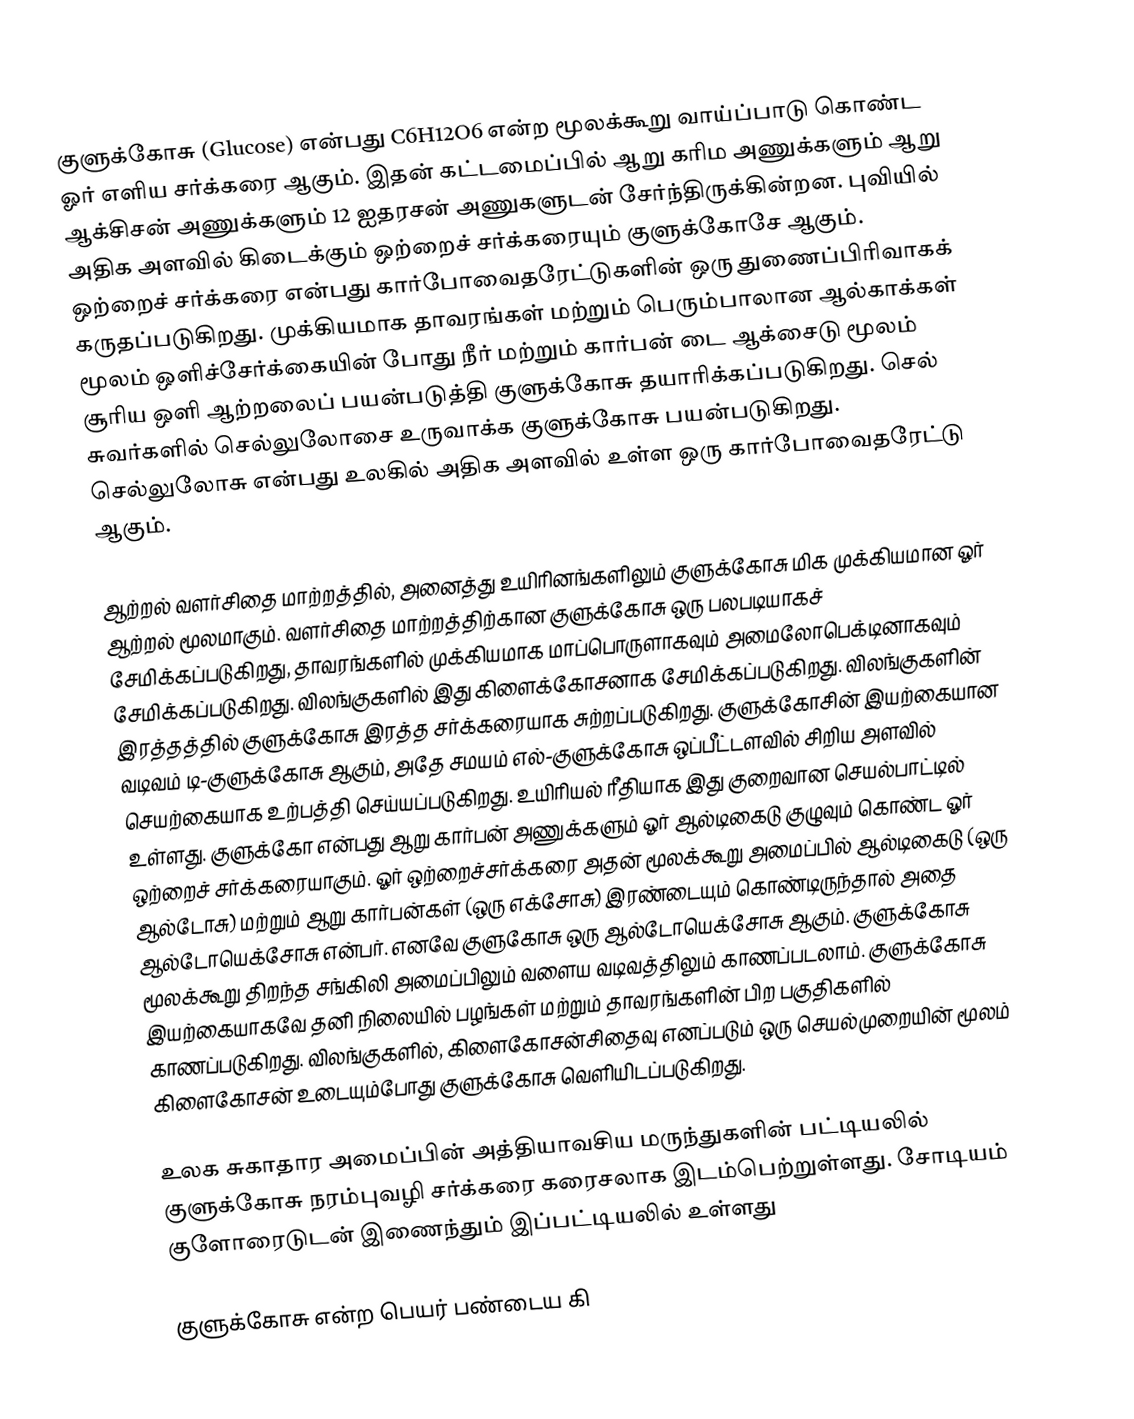
குளுக்கோசு (Glucose) என்பது C6H12O6 என்ற மூலக்கூறு வாய்ப்பாடு கொண்ட ஓர் எளிய சர்க்கரை ஆகும். இதன் கட்டமைப்பில் ஆறு கரிம அணுக்களும் ஆறு ஆக்சிசன் அணுக்களும் 12 ஐதரசன் அணுகளுடன் சேர்ந்திருக்கின்றன. புவியில் அதிக அளவில் கிடைக்கும் ஒற்றைச் சர்க்கரையும் குளுக்கோசே ஆகும். ஒற்றைச் சர்க்கரை என்பது கார்போவைதரேட்டுகளின் ஒரு துணைப்பிரிவாகக் கருதப்படுகிறது. முக்கியமாக தாவரங்கள் மற்றும் பெரும்பாலான ஆல்காக்கள் மூலம் ஒளிச்சேர்க்கையின் போது நீர் மற்றும் கார்பன் டை ஆக்சைடு மூலம் சூரிய ஒளி ஆற்றலைப் பயன்படுத்தி குளுக்கோசு தயாரிக்கப்படுகிறது. செல் சுவர்களில் செல்லுலோசை உருவாக்க குளுக்கோசு பயன்படுகிறது. செல்லுலோசு என்பது உலகில் அதிக அளவில் உள்ள ஒரு கார்போவைதரேட்டு ஆகும்.

ஆற்றல் வளர்சிதை மாற்றத்தில், அனைத்து உயிரினங்களிலும் குளுக்கோசு மிக முக்கியமான ஓர் ஆற்றல் மூலமாகும். வளர்சிதை மாற்றத்திற்கான குளுக்கோசு ஒரு பலபடியாகச் சேமிக்கப்படுகிறது, தாவரங்களில் முக்கியமாக மாப்பொருளாகவும் அமைலோபெக்டினாகவும் சேமிக்கப்படுகிறது. விலங்குகளில் இது கிளைக்கோசனாக சேமிக்கப்படுகிறது. விலங்குகளின் இரத்தத்தில் குளுக்கோசு இரத்த சர்க்கரையாக சுற்றப்படுகிறது. குளுக்கோசின் இயற்கையான வடிவம் டி-குளுக்கோசு ஆகும், அதே சமயம் எல்-குளுக்கோசு ஒப்பீட்டளவில் சிறிய அளவில் செயற்கையாக உற்பத்தி செய்யப்படுகிறது. உயிரியல் ரீதியாக இது குறைவான செயல்பாட்டில் உள்ளது.  குளுக்கோ என்பது ஆறு கார்பன் அணுக்களும் ஓர் ஆல்டிகைடு குழுவும்  கொண்ட ஓர் ஒற்றைச் சர்க்கரையாகும். ஓர் ஒற்றைச்சர்க்கரை அதன் மூலக்கூறு அமைப்பில் ஆல்டிகைடு (ஒரு ஆல்டோசு) மற்றும் ஆறு கார்பன்கள் (ஒரு எக்சோசு) இரண்டையும் கொண்டிருந்தால் அதை ஆல்டோயெக்சோசு என்பர். எனவே குளுகோசு ஒரு ஆல்டோயெக்சோசு ஆகும். குளுக்கோசு மூலக்கூறு திறந்த சங்கிலி அமைப்பிலும்  வளைய  வடிவத்திலும் காணப்படலாம். குளுக்கோசு இயற்கையாகவே தனி நிலையில் பழங்கள் மற்றும் தாவரங்களின் பிற பகுதிகளில் காணப்படுகிறது. விலங்குகளில், கிளைகோசன்சிதைவு எனப்படும் ஒரு செயல்முறையின் மூலம் கிளைகோசன் உடையும்போது குளுக்கோசு வெளியிடப்படுகிறது.

உலக சுகாதார அமைப்பின் அத்தியாவசிய மருந்துகளின் பட்டியலில் குளுக்கோசு நரம்புவழி சர்க்கரை கரைசலாக இடம்பெற்றுள்ளது. சோடியம் குளோரைடுடன் இணைந்தும் இப்பட்டியலில் உள்ளது

குளுக்கோசு என்ற பெயர் பண்டைய கி